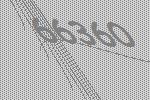
66360